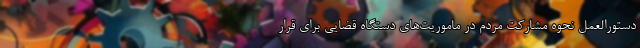
دستورالعمل نحوه مشارکت مردم در ماموریت‌های دستگاه قضایی برای قرار